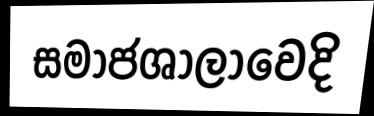
සමාජශාලාවෙදි